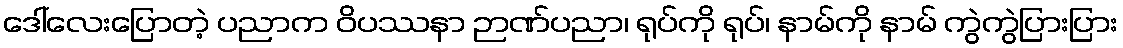
ဒေါ်လေးပြောတဲ့ ပညာက ဝိပဿနာ ဉာဏ်ပညာ၊ ရုပ်ကို ရုပ်၊ နာမ်ကို နာမ် ကွဲကွဲပြားပြား